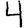
Digit: 4